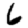
Digit: 6